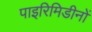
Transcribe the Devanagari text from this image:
पाइरिमिडीनों